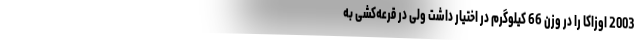
2003 اوزاکا را در وزن 66 کیلوگرم در اختیار داشت ولی در قرعه‌کشی به